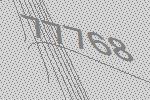
77768